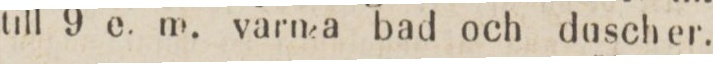
till 9 e. m. varma bad och dusch er.